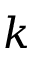
k